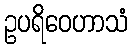
ဥပရိဝေဟာသံ